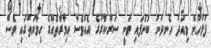
ފުލުހުން މިއަދު ހެނދުނު ބުނެފައި ވަނީ ސަރުކާރުގެ އެއްވެސް އިމާރާތެއްގެ ހިމާޔަތުގައި ވެސް